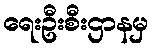
ရေးဦးစီးဌာနမှ